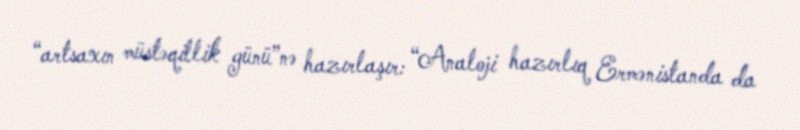
“artsaxın müstəqillik günü”nə hazırlaşır: “Analoji hazırlıq Ermənistanda da